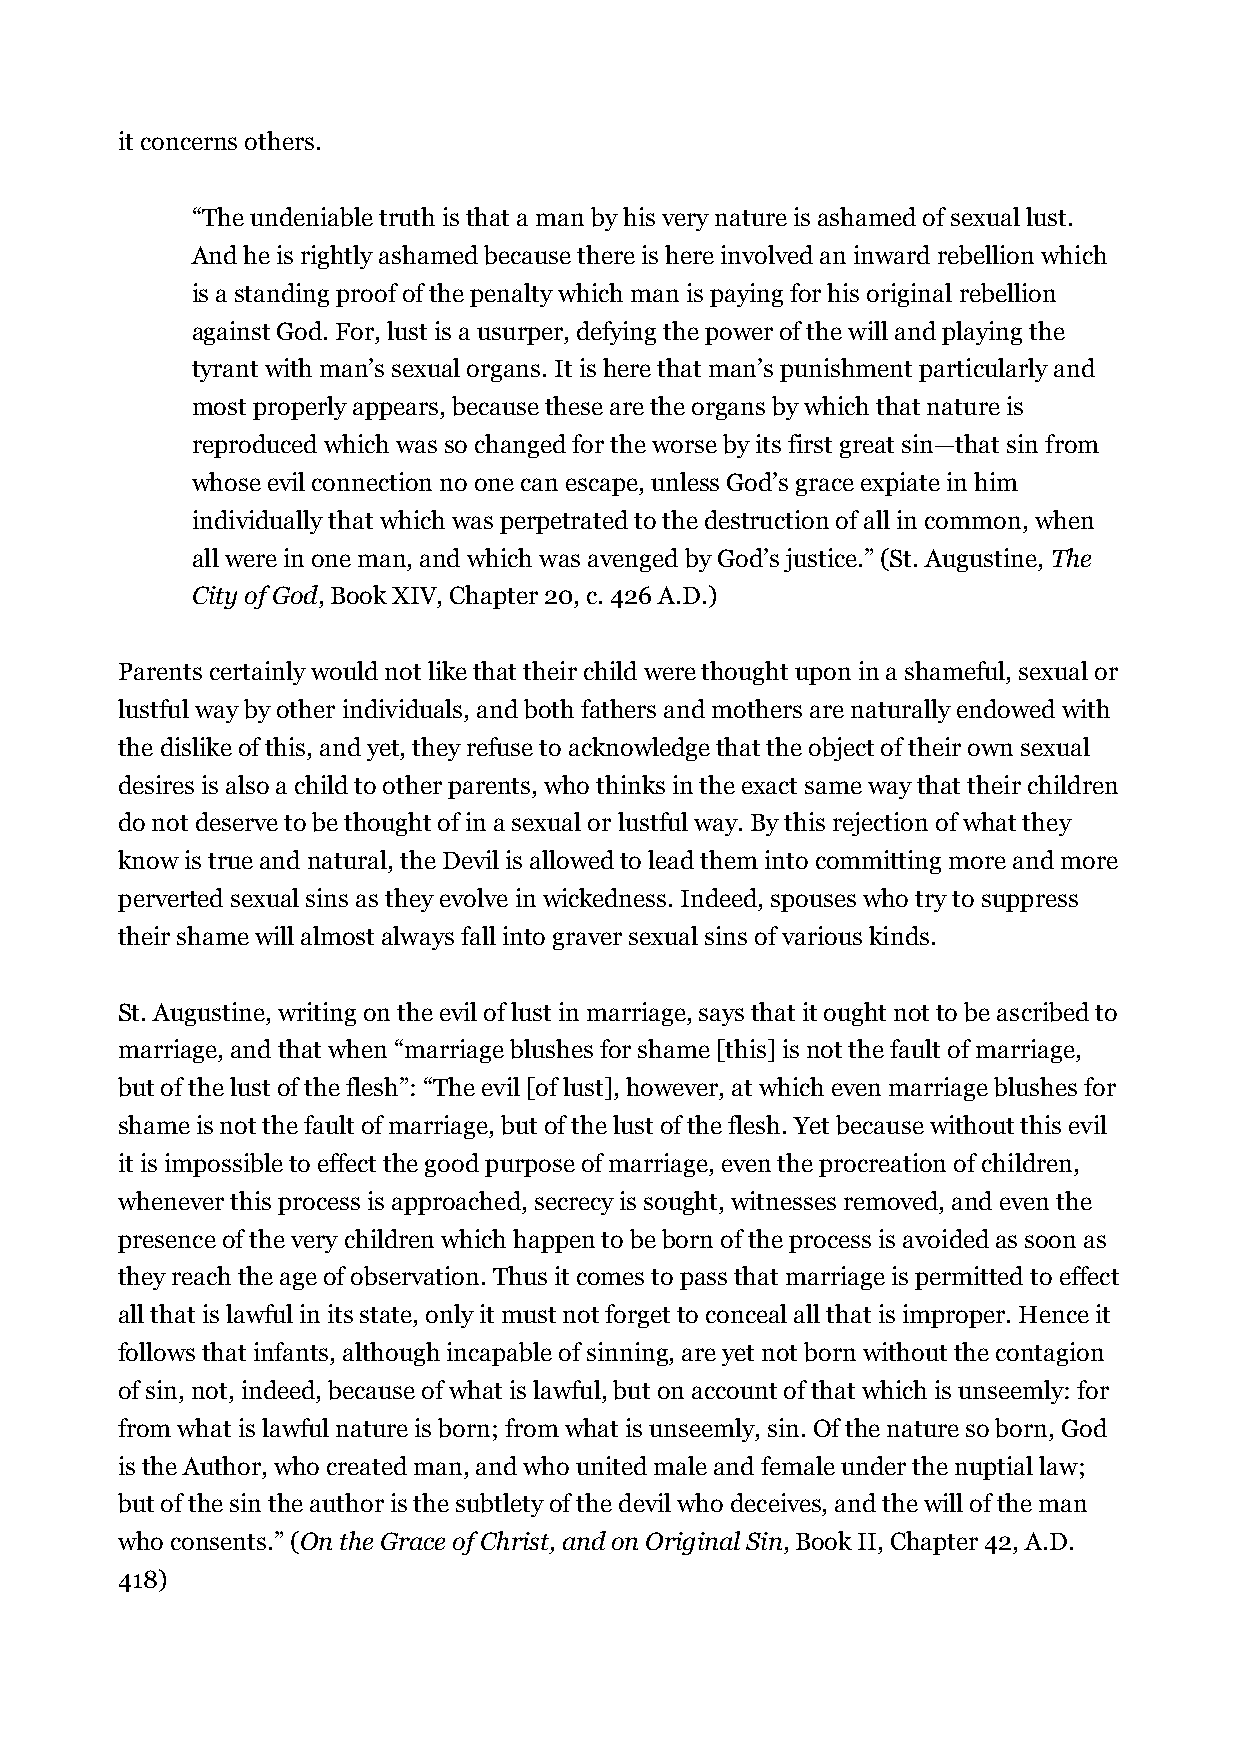
it concerns others.
 “The undeniable truth is that a man by his very nature is ashamed of sexual lust.
 And he is rightly ashamed because there is here involved an inward rebellion which
 is a standing proof of the penalty which man is paying for his original rebellion
 against God. For, lust is a usurper, defying the power of the will and playing the
 tyrant with man’s sexual organs. It is here that man’s punishment particularly and
 most properly appears, because these are the organs by which that nature is
 reproduced which was so changed for the worse by its first great sin—that sin from
 whose evil connection no one can escape, unless God’s grace expiate in him
 individually that which was perpetrated to the destruction of all in common, when
 all were in one man, and which was avenged by God’s justice.” (St. Augustine, The
 City of God, Book XIV, Chapter 20, c. 426 A.D.)
 Parents certainly would not like that their child were thought upon in a shameful, sexual or
 lustful way by other individuals, and both fathers and mothers are naturally endowed with
 the dislike of this, and yet, they refuse to acknowledge that the object of their own sexual
 desires is also a child to other parents, who thinks in the exact same way that their children
 do not deserve to be thought of in a sexual or lustful way. By this rejection of what they
 know is true and natural, the Devil is allowed to lead them into committing more and more
 perverted sexual sins as they evolve in wickedness. Indeed, spouses who try to suppress
 their shame will almost always fall into graver sexual sins of various kinds.
 St. Augustine, writing on the evil of lust in marriage, says that it ought not to be ascribed to
 marriage, and that when “marriage blushes for shame [this] is not the fault of marriage,
 but of the lust of the flesh”: “The evil [of lust], however, at which even marriage blushes for
 shame is not the fault of marriage, but of the lust of the flesh. Yet because without this evil
 it is impossible to effect the good purpose of marriage, even the procreation of children,
 whenever this process is approached, secrecy is sought, witnesses removed, and even the
 presence of the very children which happen to be born of the process is avoided as soon as
 they reach the age of observation. Thus it comes to pass that marriage is permitted to effect
 all that is lawful in its state, only it must not forget to conceal all that is improper. Hence it
 follows that infants, although incapable of sinning, are yet not born without the contagion
 of sin, not, indeed, because of what is lawful, but on account of that which is unseemly: for
 from what is lawful nature is born; from what is unseemly, sin. Of the nature so born, God
 is the Author, who created man, and who united male and female under the nuptial law;
 but of the sin the author is the subtlety of the devil who deceives, and the will of the man
 who consents.” (On the Grace of Christ, and on Original Sin, Book II, Chapter 42, A.D.
 418)